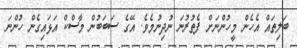
ބަލިތައް އެހެން މީހުންނަށް ފެތުރުނަ ނުދިނުމެވެ. އޭގެ ސަބަބުން މާސްކް އަޅައިގެން ހުންނަ